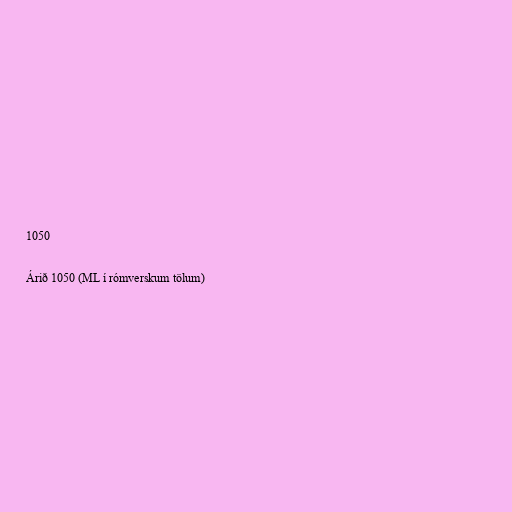
1050

Árið 1050 (ML í rómverskum tölum)